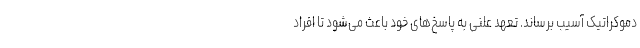
دموکراتیک آسیب برساند. تعهد علنی به پاسخ‌های خود باعث می‌شود تا افراد